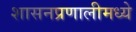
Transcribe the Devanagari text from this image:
शासनप्रणालीमध्ये